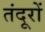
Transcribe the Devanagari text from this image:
तंदूरों